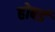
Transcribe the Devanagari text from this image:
होबर्ड